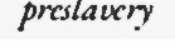
preslavery